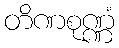
တိဏစုဏ္ဏံ